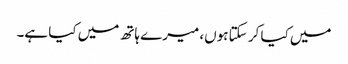
میں کیا کر سکتا ہوں، میرے ہاتھ میں کیا ہے۔